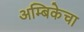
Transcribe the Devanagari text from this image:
अम्बिकेचा